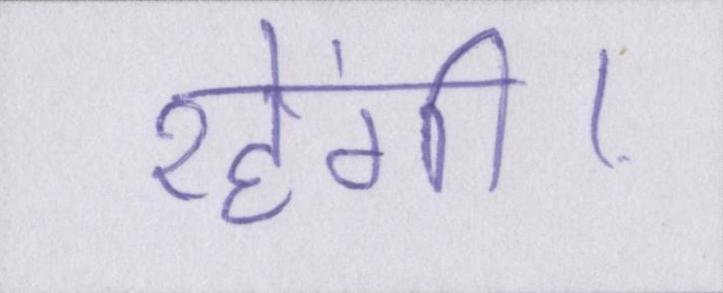
रहेंगी।